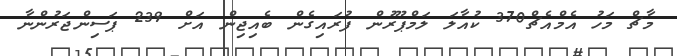
މާޗް މަހު އެމްއެޗް370 ކުއާލަ ލަމްޕޫރުން ފުރައިގެން ބެއިޖިން އަށް 239 ޕަސިންޖަރުންނާ